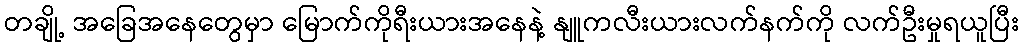
တချို့ အခြေအနေတွေမှာ မြောက်ကိုရီးယားအနေနဲ့ နျူကလီးယားလက်နက်ကို လက်ဦးမှုရယူပြီး